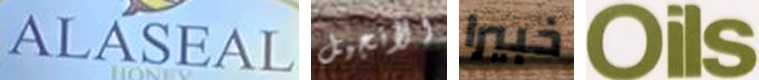
ALASEAL الأنجيل خبيرا Oils